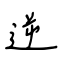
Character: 逆